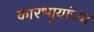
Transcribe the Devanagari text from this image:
कारभार्‍यांच्या